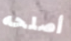
أصلحه